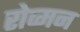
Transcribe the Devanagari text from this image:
रोव्मन